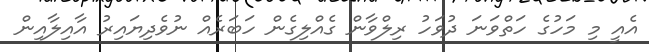
އެއީ މި މަހުގެ ހަތްވަނަ ދުވަހު ރިލްވާން ގެއްލިގެން ހަބަރެއް ނުވެދިޔައިރު އާއިލާއިން